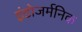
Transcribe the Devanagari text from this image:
इंडोजर्मनिक